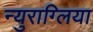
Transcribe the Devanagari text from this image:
न्युराग्लिया